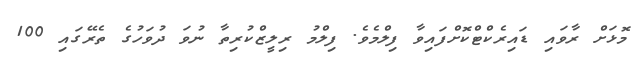
މޮޅަށް ރާވައި ޑައިރެކްޓްކޮށްފައިވާ ފިލްމެވެ. ފިލްމު ރިލީޒްކުރިތާ ނުވަ ދުވަހުގެ ތެރޭގައި 100